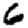
Digit: 6